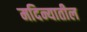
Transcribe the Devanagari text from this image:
मदिन्यातील